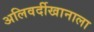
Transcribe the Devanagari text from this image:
अलिवर्दीखानाला